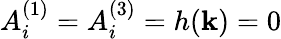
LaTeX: A_{i}^{(1)}=A_{i}^{(3)}=h(\boldsymbol{\mathbf{k}})=0